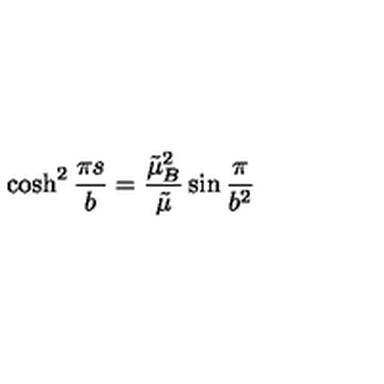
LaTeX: \cosh ^ { 2 } \frac { \pi s } b = \frac { \tilde { \mu } _ { B } ^ { 2 } } { \tilde { \mu } } \sin \frac \pi { b ^ { 2 } }